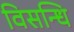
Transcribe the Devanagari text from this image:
विसन्धि